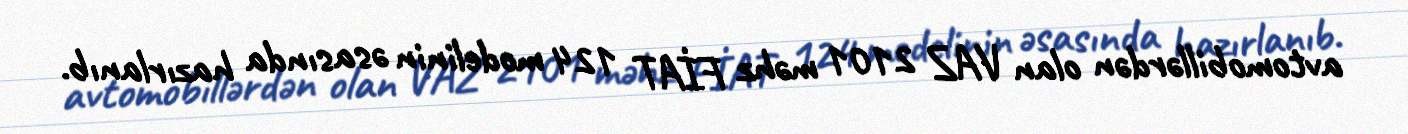
avtomobillərdən olan VAZ 2101 məhz FİAT 124 modelinin əsasında hazırlanıb.